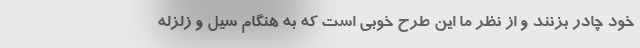
خود چادر بزنند و از نظر ما این طرح خوبی است که به هنگام سیل و زلزله